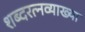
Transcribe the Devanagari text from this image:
शब्दरत्नव्याख्या